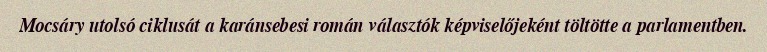
Mocsáry utolsó ciklusát a karánsebesi román választók képviselőjeként töltötte a parlamentben.